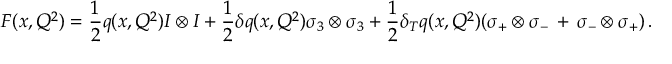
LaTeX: { \cal { F } } ( x , Q ^ { 2 } ) = \frac { 1 } { 2 } q ( x , Q ^ { 2 } ) I \otimes I + \frac { 1 } { 2 } \delta q ( x , Q ^ { 2 } ) \sigma _ { 3 } \otimes \sigma _ { 3 } + \frac { 1 } { 2 } \delta _ { T } q ( x , Q ^ { 2 } ) ( \sigma _ { + } \otimes \sigma _ { - } \, + \, \sigma _ { - } \otimes \sigma _ { + } ) \, .